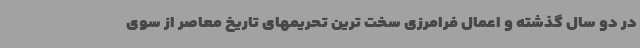
در دو سال گذشته و اعمال فرامرزی سخت ترین تحریمهای تاریخ معاصر از سوی